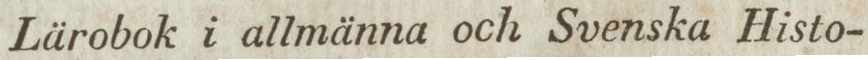
Lärobok i allmänna och Svenska Histo-